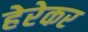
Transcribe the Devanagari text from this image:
हेरेकर